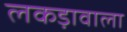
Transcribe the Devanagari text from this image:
लकड़ावाला